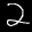
Label: 2